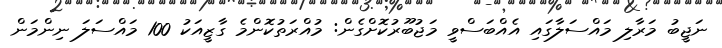
ނަޖީބު މަރާލި މައްސަލާގައި އެއްބަސްވީ މަޖުބޫރުކޮށްގެން: މުއްރަތުކޮންމެ ގާޒީއަކު 100 މައްސަލަ ނިންމަން